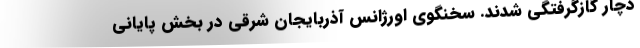
دچار گازگرفتگی شدند. سخنگوی اورژانس آذربایجان شرقی در بخش پایانی